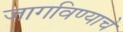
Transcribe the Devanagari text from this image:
जागविण्याचे